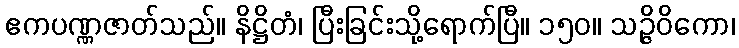
ဧကပဏ္ဏဇာတ်သည်။ နိဋ္ဌိတံ၊ ပြီးခြင်းသို့ရောက်ပြီ။ ၁၅၀။ သဉ္ဇိဝိကော၊